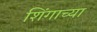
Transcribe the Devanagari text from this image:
शिंगाच्या